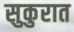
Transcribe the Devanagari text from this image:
सुकुरात